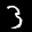
Label: 3